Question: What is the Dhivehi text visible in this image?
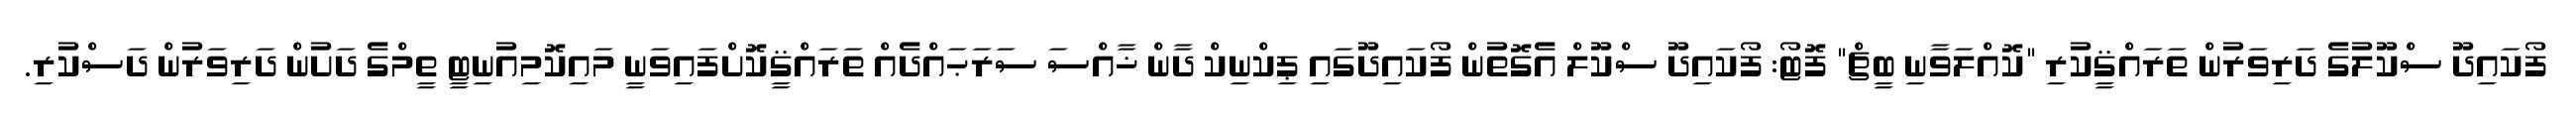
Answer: ފޯކައިދޫ ސްކޫލުގެ ދަރިވަރުން ތަރައްޤީކުރި "ކޮއްލަވާނި ބީޗް" ފޮޓޯ: ފޯކައިދޫ ސްކޫލް އެގޮތުން ފޯކައިދޫގައި ޕިކްނިކް ދާން ޚާއްސަ ސަރަޙައްދެއް ތަރައްޤީކޮށްފައިވަނީ މައިކޮމިއުނިޓީ ތީމްގެ ދަށުން ދަރިވަރުން ދަސްކުރި.